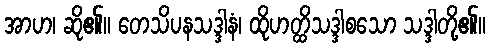
အာဟ၊ ဆို၏။ တေသိပနသဒ္ဒါနံ၊ ထိုဟတ္ထိသဒ္ဒါစသော သဒ္ဒါတို့၏။